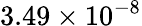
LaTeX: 3.49\times 10^{-8}